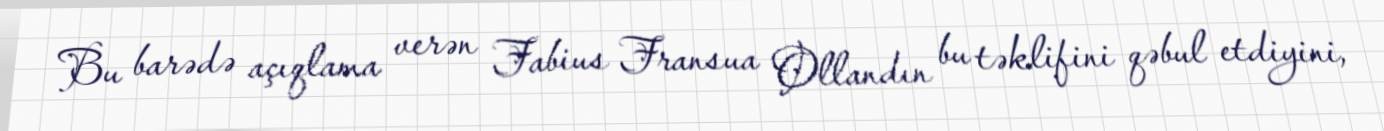
Bu barədə açıqlama verən Fabius Fransua Ollandın bu təklifini qəbul etdiyini,